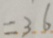
= 3 . 6